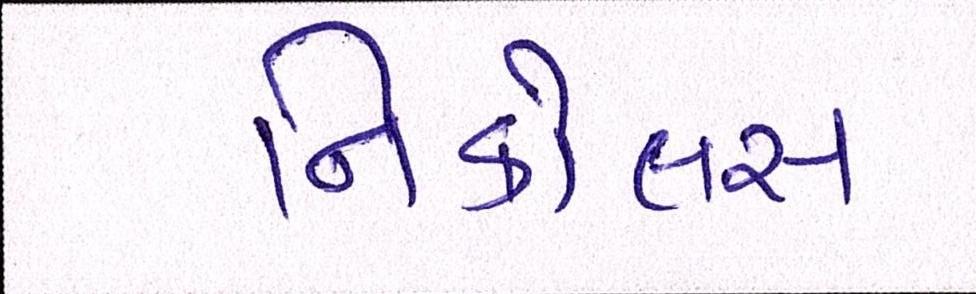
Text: નિકોલસ